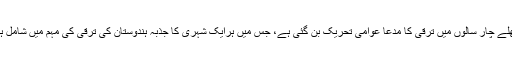
پچھلے چار سالوں میں ترقی کا مدعا عوامی تحریک بن گئی ہے، جس میں ہرایک شہری کا جذبہ ہندوستان کی ترقی کی مہم میں شامل ہے۔